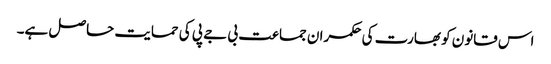
اس قانون کو بھارت کی حکمران جماعت بی جے پی کی حمایت حاصل ہے۔